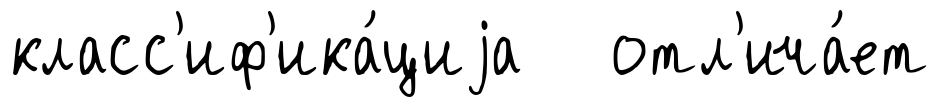
класс'иф'ика́циjа отл'ича́ет